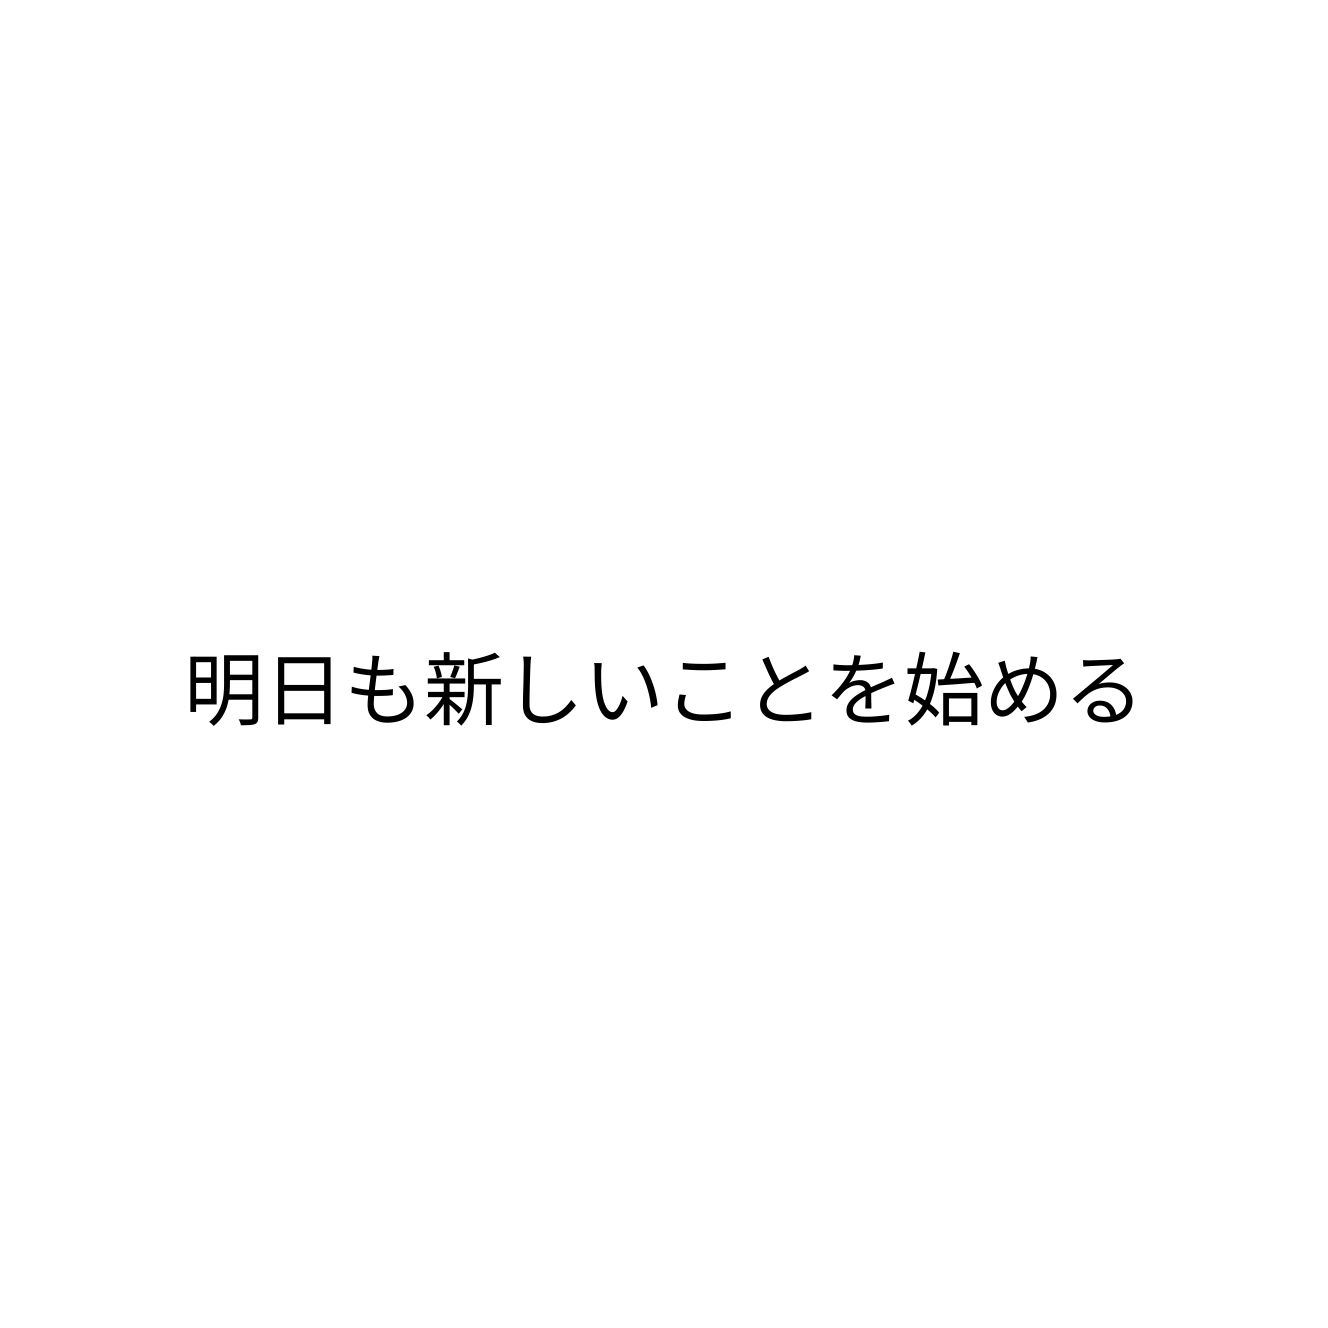
明日も新しいことを始める